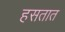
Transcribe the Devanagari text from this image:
हसतात